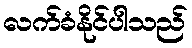
လက်ခံနိုင်ပါသည်